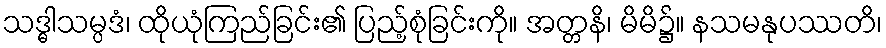
သဒ္ဓါသမ္ပဒံ၊ ထိုယုံကြည်ခြင်း၏ ပြည့်စုံခြင်းကို။ အတ္တနိ၊ မိမိ၌။ နသမနုပဿတိ၊